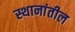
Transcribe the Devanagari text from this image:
स्थानांतील